画像に写った文字を読んでください
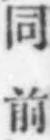
「同前」と書いてあります